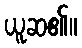
ယူဆ၏။